Report on sanitation, dispensaries, and jails in Rajputana for 1912, and on vaccination for the year 1912-1913 - 1912-1913
Year: 1912
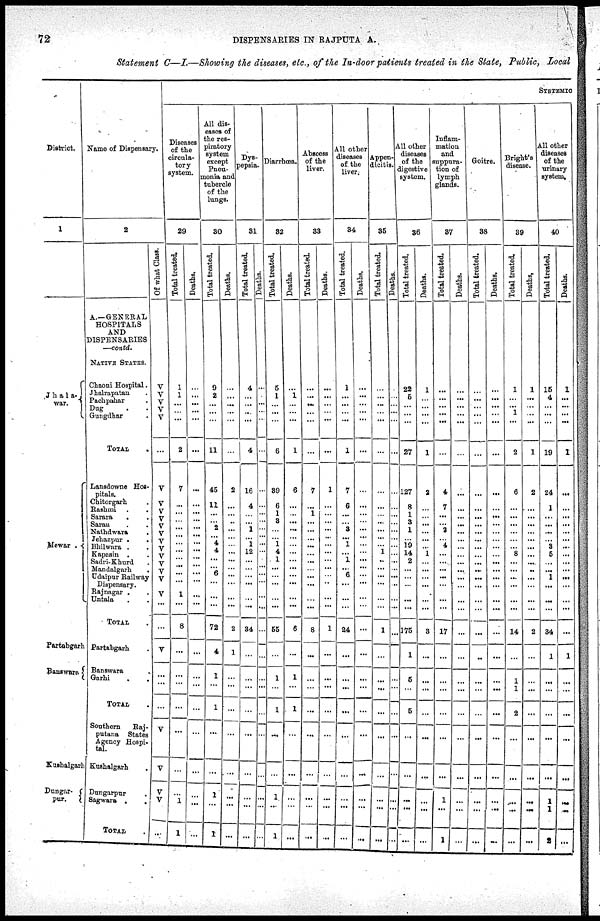
72
DISPENSARIES IN RAJPUTANA.
Statement C—I.—Showing the diseases, etc., of the In-door patients treated in the State, Public, Local
District.
1
Jha1a¬
war.
Mewar .
Partabgarh
Banswara
Kushalgarh
Dungar¬
pur.
Name of Dispensary.
2
A.—GENERAL
HOSPITALS
AND
DISPENSARIES
—contd.
NATIVE STATES.
Chaoni Hospital.
Jhalrapatan .
Pachpahar .
Dug . .
Gungdhar .
TOTAL .
Lansdowne Hos-
pitals.
Chitorgarh .
Rashmi . .
Sarara . .
Saran . .
Nathdwara .
Jehazpur . .
Bhilwara .
.
Kapasin .
Sadri-Khurd .
Mandalgarh .
Udaipur Railway
Dispensary.
Rajnagar . .
Untala . .
TOTAL
Partabgarh .
Banswara
.
Garhi . .
TOTAL .
Southern
Raj¬
putana States
Agency Hospi-
tal.
Kushalgarh .
Dungnrpur
Sagwara .
.
TOTAL .
Of what Class.
V
V
V
V
V
...
V
V
V
V
V
V
V
V
V
V
V
V
V
...
...
V
...
...
...
V
V
V
V
...
SYSTEMIC
Diseases
of the
circula-
tory
system.
29
Total treated.
1
1
...
...
...
2
7
...
...
...
...
...
...
...
...
...
...
...
1
...
8
...
...
...
...
...
...
...
1
1
Deaths.
...
...
...
...
...
...
...
...
...
...
...
...
...
...
...
...
...
...
...
...
...
...
...
...
...
...
...
...
...
All dis-
eases of
the res-
piratory
system
except
Pneu-
monia and
tubercle
of the
lungs.
30
Total treated.
9
2
...
...
...
11
45
11
...
...
2
...
4
4
...
...
6
...
...
...
72
4
1
...
1
...
...
1
...
1
Deaths.
...
...
...
...
...
...
2
...
...
...
...
...
...
...
...
...
...
...
...
...
2
1
...
...
...
...
...
...
...
...
Dys¬
pepsia.
31
Total treated.
4
...
...
...
...
4
16
4
...
...
1
...
1
12
...
...
...
...
...
...
84
...
...
...
...
...
...
...
...
...
Deaths.
...
...
...
...
...
...
...
...
...
...
...
...
...
...
...
...
...
...
...
...
...
...
...
...
...
...
...
...
...
Diarrhœa.
32
Total treated.
5
1
...
...
...
6
39
6
1
3
...
...
1
4
1
...
...
...
...
...
65
...
1
...
1
...
...
1
...
1
Deaths.
...
1
...
...
...
1
6
...
...
...
...
...
...
...
...
...
...
...
...
...
6
...
1
...
1
...
...
...
...
...
Abscess
of the
liver.
33
Total treated.
...
...
...
...
...
...
7
...
1
...
...
...
...
...
...
...
...
...
...
...
8
...
...
...
...
...
...
...
...
...
Deaths.
...
...
...
...
...
...
1
...
...
...
...
...
...
...
...
...
...
...
...
...
1
...
...
...
...
...
...
...
...
...
All other
diseases
of the
liver.
34
Total treated.
1
...
...
...
...
1
7
6
...
...
3
...
1
...
1
...
6
...
...
...
24
...
...
...
...
...
...
...
...
...
Deaths.
...
...
...
...
...
...
...
...
...
...
...
...
...
...
...
...
...
...
...
...
...
...
...
...
...
...
...
...
...
...
Appen¬
dicitis.
35
Total treated.
...
...
...
...
...
...
...
...
...
...
...
...
...
1
...
...
...
...
...
...
1
...
...
...
...
...
...
...
...
...
Deaths.
...
...
...
...
...
...
...
...
...
...
...
...
...
...
...
...
...
...
...
...
...
...
...
...
...
...
...
...
...
...
All other
diseases
of the
digestive
system.
36
Total treated.
22
5
...
...
...
27
127
8
1
3
1
...
19
14
2
...
...
...
...
...
175
1
5
...
5
...
...
...
...
...
Deaths.
1
...
...
...
...
1
2
...
...
...
...
...
...
1
...
...
...
...
...
...
3
...
...
...
...
...
...
...
...
...
Inflam-
mation
and
suppura-
tion of
lymph
glands.
37
Total treated.
...
...
...
...
...
...
4
7
...
...
2
...
4
...
...
...
...
...
...
...
17
...
...
...
...
...
...
1
...
1
Deaths.
...
...
...
...
...
...
...
...
...
...
...
...
...
...
...
...
...
...
...
...
...
...
...
...
...
...
...
...
...
...
Goitre.
38
Total treated.
...
...
...
...
...
...
...
...
...
...
...
...
...
...
...
...
...
...
...
...
...
...
...
...
...
...
...
...
...
...
Deaths.
...
...
...
...
...
...
...
...
...
...
...
...
...
...
...
...
...
...
...
...
...
...
...
...
...
...
...
...
...
...
Bright's
disease.
39
Total treated.
1
...
...
...
...
2
6
...
...
...
...
...
...
8
...
...
...
...
...
...
14
...
1
1
2
...
...
....
...
...
Deaths.
1
...
...
...
...
1
2
...
...
...
...
...
...
...
...
...
...
...
...
...
2
...
...
...
...
...
...
...
...
...
All other
diseases
of the
urinary
system.
40
Total treated.
15
4
...
...
...
19
24
1
...
...
...
...
3
5
...
...
1
...
...
...
34
1
...
...
...
...
...
1
1
2
Deaths.
1
...
...
...
...
1
...
...
...
...
...
...
...
...
...
...
...
...
...
...
...
1
...
...
...
...
...
...
...
...